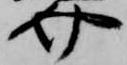
介